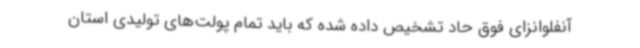
آنفلوانزای فوق حاد تشخیص داده شده که باید تمام پولت‌های تولیدی استان